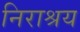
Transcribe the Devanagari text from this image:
निराश्रय